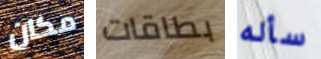
مكان بطاقات سأله